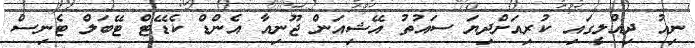
ނިއު ދިއްލީގައި ކުރިއަށްދިޔަ ސައުތު އޭޝިއަން ޖޫނިއާ އެންޑް ކެޑޭޓް ޓޭބަލް ޓެނިސް